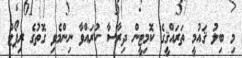
މި ބިލު ޤައުމީ ތަރައްޤީގެ ކޮމިޓީން ދިރާސާ ކުރައްވާ ނިންމެވި ގޮތުގެ ރިޕޯޓް